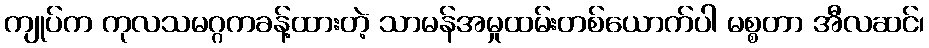
ကျုပ်က ကုလသမဂ္ဂကခန့်ထားတဲ့ သာမန်အမှုထမ်းတစ်ယောက်ပါ မစ္စတာ အီလဆင်၊